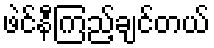
ဖဲင်နီကြည့်ချင်တယ်